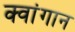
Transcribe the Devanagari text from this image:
क्वांगान